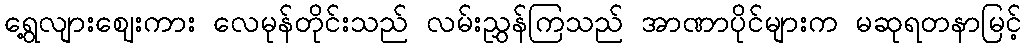
ရွေ့လျားဈေးကား လေမုန်တိုင်းသည် လမ်းညွှန်ကြသည် အာဏာပိုင်များက မဆုရတနာမြင့်